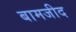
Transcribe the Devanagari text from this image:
बामजीद